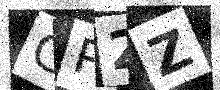
Text: GP2Z